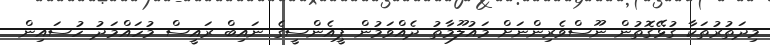
މިދަތުރުތަކާ ގުޅޭގޮތުން ނޫސްވެރިންނަށް މައުލޫމާތު ދެއްވަމުން ޕީއެންސީގެ ނައިބް ރައީސް މުހައްމަދު ހުސައިން